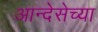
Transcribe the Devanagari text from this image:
आन्देसेच्या